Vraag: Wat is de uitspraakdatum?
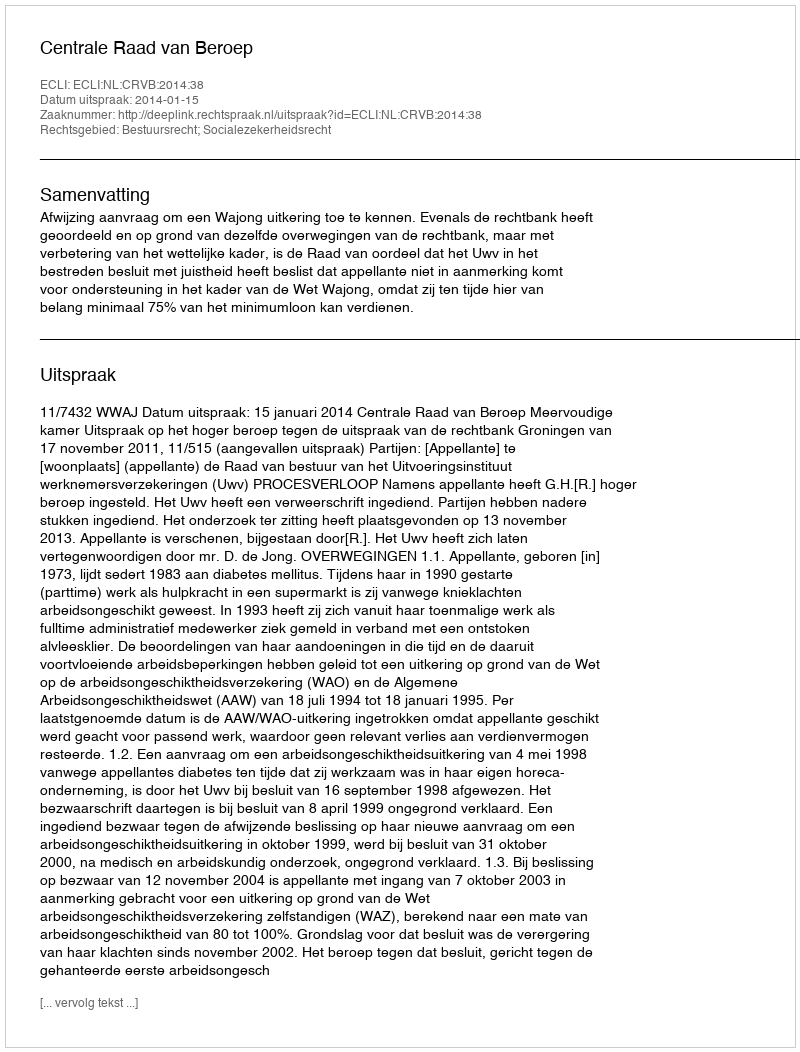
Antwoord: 2014-01-15